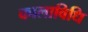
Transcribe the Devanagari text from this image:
कालाविधि